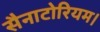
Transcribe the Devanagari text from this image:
सैनाटोरियम।